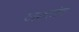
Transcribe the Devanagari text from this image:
टाकतांच